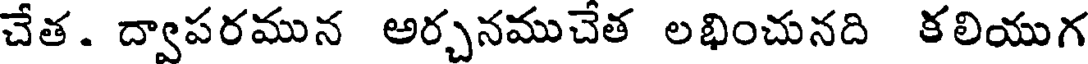
చేత. ద్వాపరమున అర్చనముచేత లభించునది కలియుగ